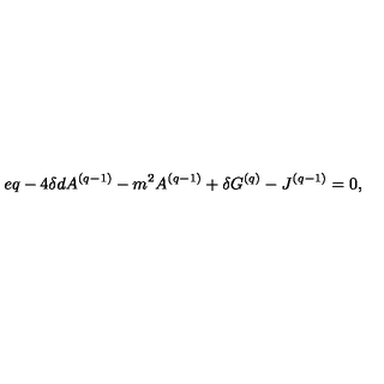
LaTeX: e q - 4 \delta d A ^ { ( q - 1 ) } - m ^ { 2 } A ^ { ( q - 1 ) } + \delta G ^ { ( q ) } - J ^ { ( q - 1 ) } = 0 ,